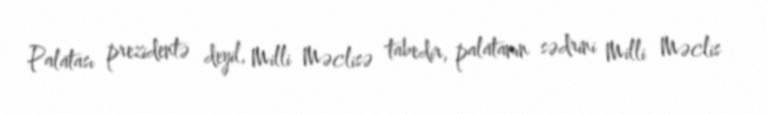
Palatası prezidentə deyil, Milli Məclisə tabedir, palatanın sədrini Milli Məclis